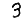
Digit: 3